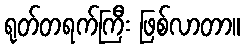
ရုတ်တရက်ကြီး ဖြစ်လာတာ။